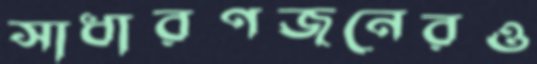
সাধারণজনেরও